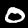
Label: 0